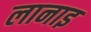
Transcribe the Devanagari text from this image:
लानाइ